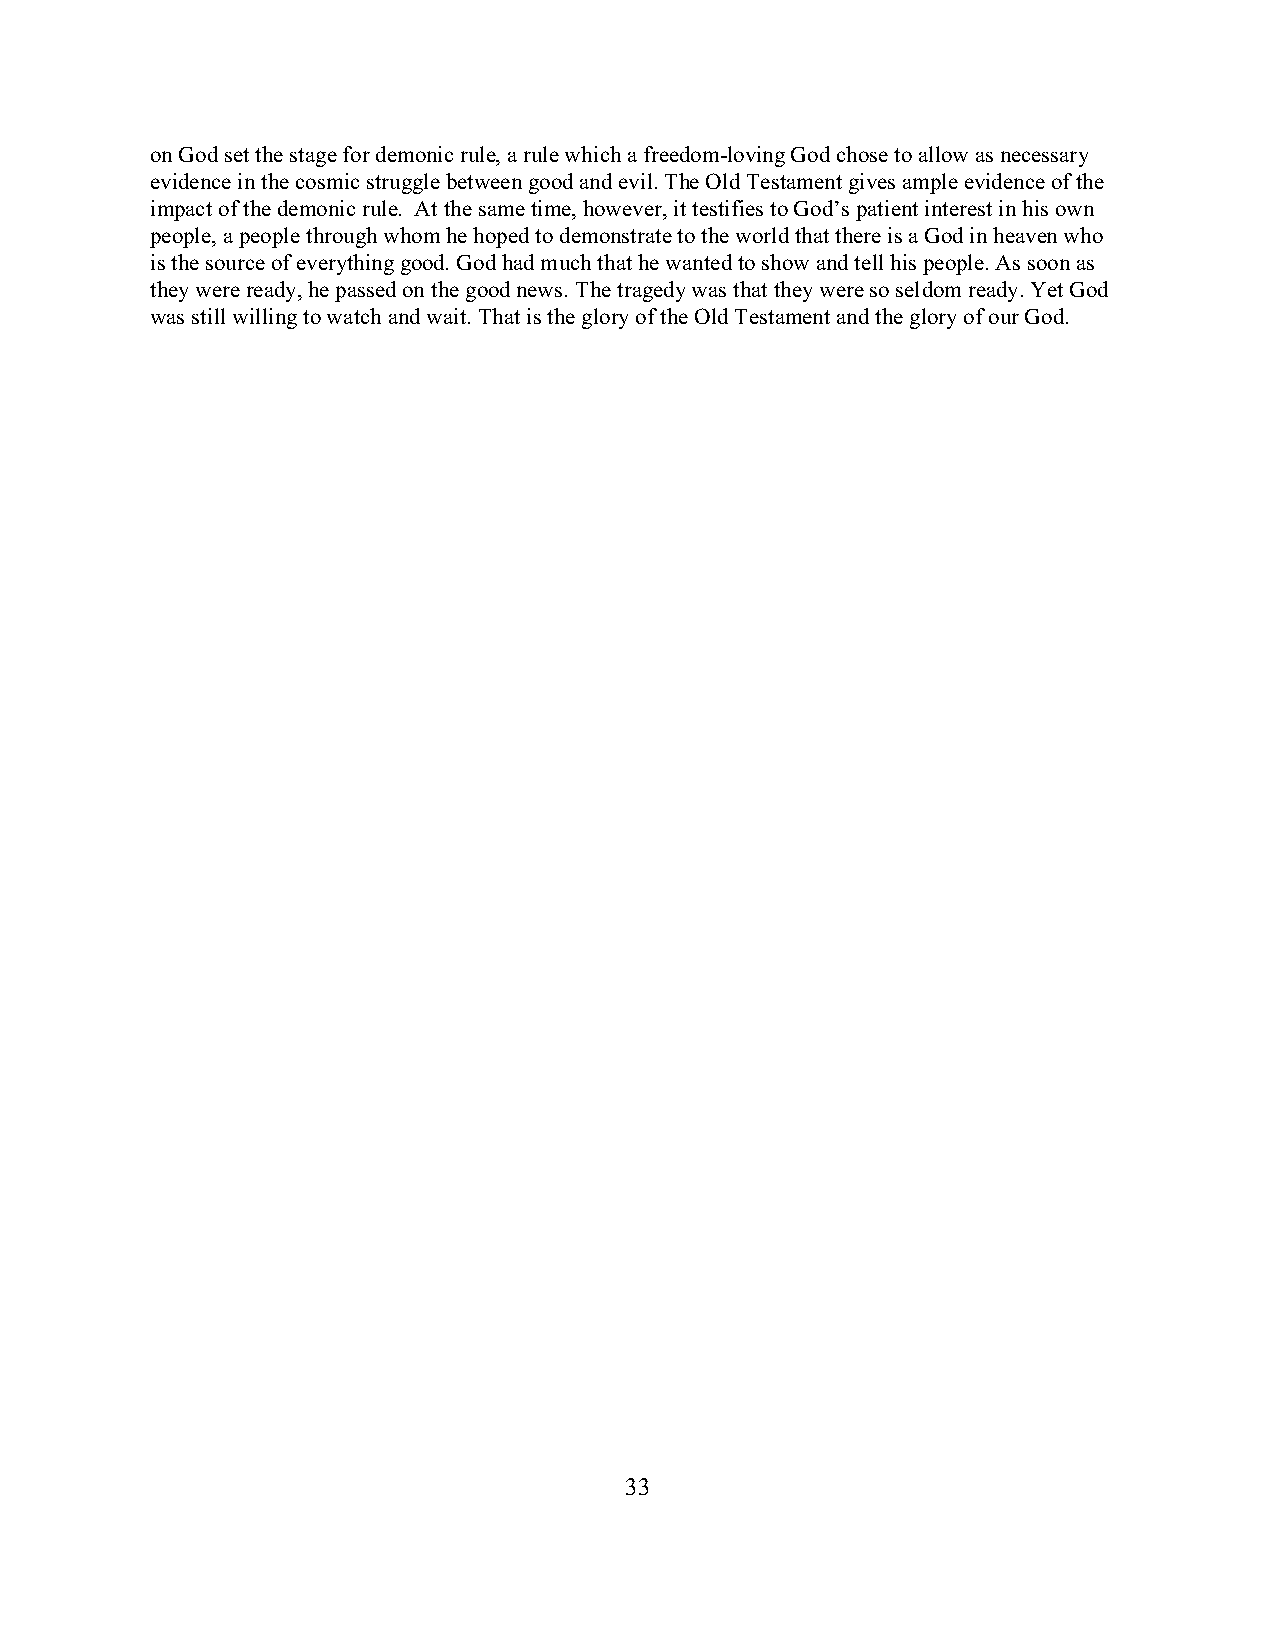
on God set the stage for demonic rule, a rule which a freedom-loving God chose to allow as necessary
 evidence in the cosmic struggle between good and evil. The Old Testament gives ample evidence of the
 impact of the demonic rule. At the same time, however, it testifies to God’s patient interest in his own
 people, a people through whom he hoped to demonstrate to the world that there is a God in heaven who
 is the source of everything good. God had much that he wanted to show and tell his people. As soon as
 they were ready, he passed on the good news. The tragedy was that they were so seldom ready. Yet God
 was still willing to watch and wait. That is the glory of the Old Testament and the glory of our God.
 33